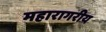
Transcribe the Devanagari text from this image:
महारागरीय